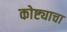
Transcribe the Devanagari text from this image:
कोष्ट्याचा